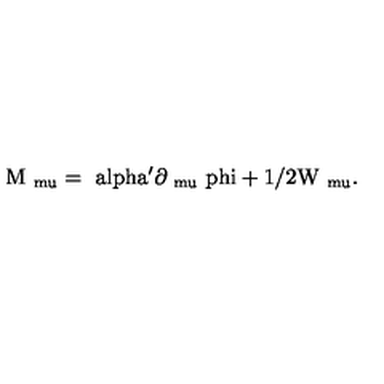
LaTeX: \mathrm { M _ { \ m u } = \ a l p h a ^ { \prime } \partial _ { \ m u } \ p h i + 1 / 2 W _ { \ m u } . }